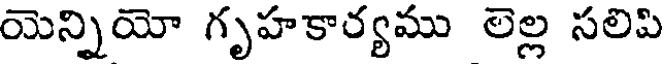
యెన్నియో గృహకార్యము లెల్ల సలిపి